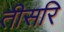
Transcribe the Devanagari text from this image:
तीसरि